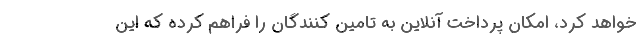
خواهد کرد، امكان پرداخت آنلاين به تامين كنندگان را فراهم کرده كه اين